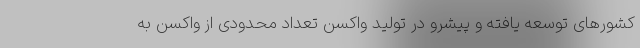
کشورهای توسعه یافته و پیشرو در تولید واکسن تعداد محدودی از واکسن به